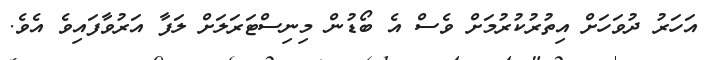
އަހަރު ދުވަހަށް އިތުރުކުރުމަށް ވެސް އެ ބޯޑުން މިނިސްޓަރަލަށް ލަފާ އަރުވާފައިވެ އެވެ.